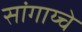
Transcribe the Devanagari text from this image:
सांगाय्चे